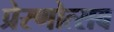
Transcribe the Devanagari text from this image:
प्रेरणोत्सव